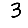
Digit: 3